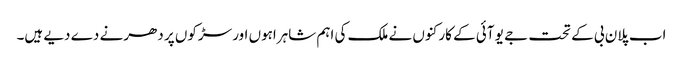
اب پلان بی کے تحت جے یو آئی کے کارکنوں نے ملک کی اہم شاہراہوں اور سڑکوں پر دھرنے دے دیے ہیں۔